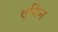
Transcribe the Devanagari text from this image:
एर्गिन